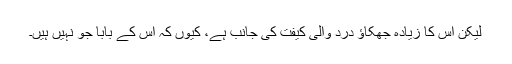
لیکن اُس کا زیادہ جھکاؤ درد والی کیفت کی جانب ہے، کیوں کہ اس کے بابا جو نہیں ہیں۔